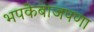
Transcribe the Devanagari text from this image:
भपकेबाजपणा